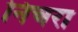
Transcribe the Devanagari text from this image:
निचरा